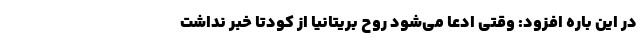
در این باره افزود: وقتی ادعا می‌شود روح بریتانیا از کودتا خبر نداشت